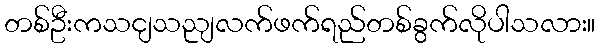
တစ်ဦးကသငျသညျလက်ဖက်ရည်တစ်ခွက်လိုပါသလား။